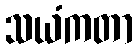
သယံကတာ